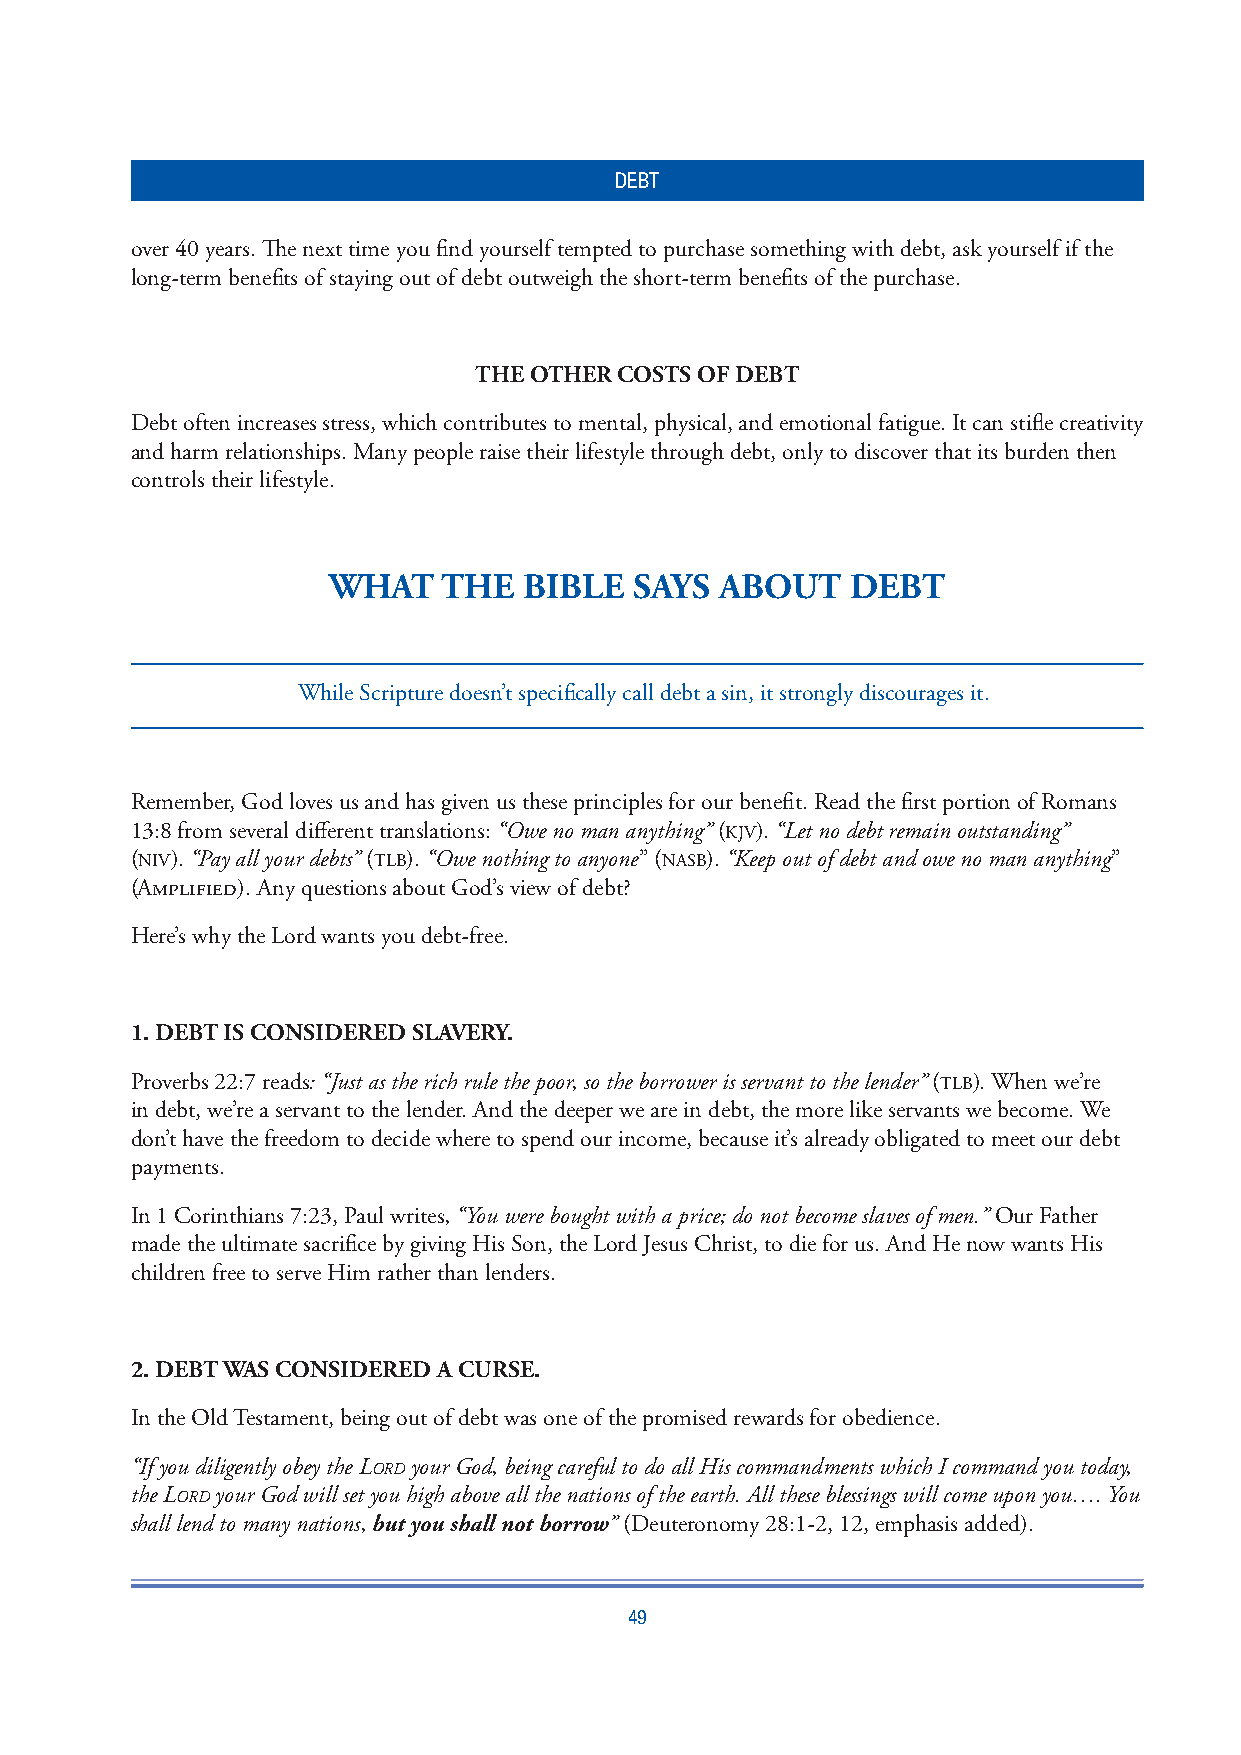
DEBT
 over 40 years. Th e next time you fi nd yourself tempted to purchase something with debt, ask yourself if the
 long-term benefi ts of staying out of debt outweigh the short-term benefi ts of the purchase.
 THE OTHER COSTS OF DEBT
 Debt often increases stress, which contributes to mental, physical, and emotional fatigue. It can stifl e creativity
 and harm relationships. Many people raise their lifestyle through debt, only to discover that its burden then
 controls their lifestyle.
 WHAT   THE   BIBLE  SAYS  ABOUT   DEBT
 While Scripture doesn’t specifi cally call debt a sin, it strongly discourages it.
 Remember, God loves us and has given us these principles for our benefi t. Read the fi rst portion of Romans
 13:8 from several diff erent translations: “Owe no man anything” (KJV). “Let no debt remain outstanding”
 (NIV). “Pay all your debts” (TLB). “Owe nothing to anyone” (NASB). “Keep out of debt and owe no man anything”
 (Amplified). Any questions about God’s view of debt?
 Here’s why the Lord wants you debt-free.
 1. DEBT IS CONSIDERED SLAVERY.
 Proverbs 22:7 reads: “Just as the rich rule the poor, so the borrower is servant to the lender” (TLB). When we’re
 in debt, we’re a servant to the lender. And the deeper we are in debt, the more like servants we become. We
 don’t have the freedom to decide where to spend our income, because it’s already obligated to meet our debt
 payments.
 In 1 Corinthians 7:23, Paul writes, “You were bought with a price; do not become slaves of men.” Our Father
 made the ultimate sacrifi ce by giving His Son, the Lord Jesus Christ, to die for us. And He now wants His
 children free to serve Him rather than lenders.
 2. DEBT WAS CONSIDERED A CURSE.
 In the Old Testament, being out of debt was one of the promised rewards for obedience.
 “If you diligently obey the LORD your God, being careful to do all His commandments which I command you today,
 the LORD your God will set you high above all the nations of the earth. All these blessings will come upon you…. You
 shall lend to many nations, but you shall not borrow” (Deuteronomy 28:1-2, 12, emphasis added).
 49